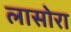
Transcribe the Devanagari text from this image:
लासोरा